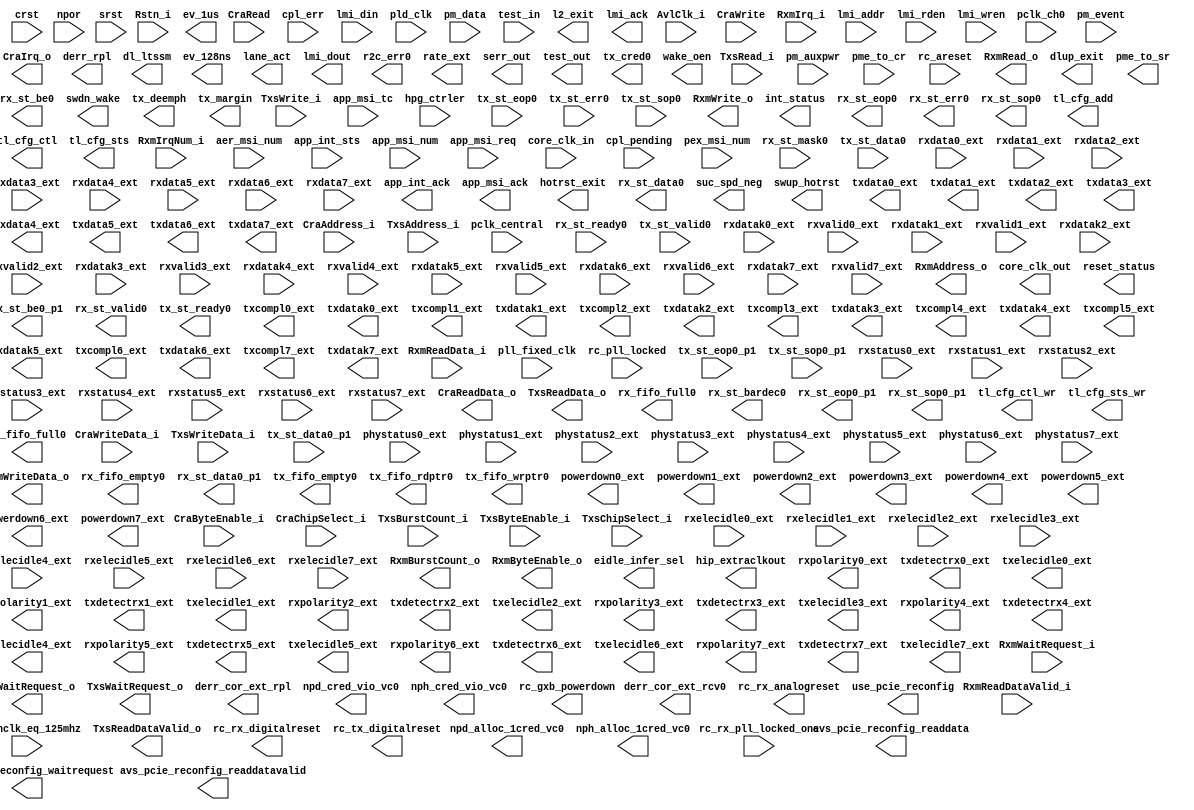
// Generated by PCI Express Compiler 10.1 [Altera, IP Toolbench 1.3.0 Build 197]
// ************************************************************
// THIS IS A WIZARD-GENERATED FILE. DO NOT EDIT THIS FILE!
// ************************************************************
// Copyright (C) 1991-2011 Altera Corporation
// Any megafunction design, and related net list (encrypted or decrypted),
// support information, device programming or simulation file, and any other
// associated documentation or information provided by Altera or a partner
// under Altera's Megafunction Partnership Program may be used only to
// program PLD devices (but not masked PLD devices) from Altera.  Any other
// use of such megafunction design, net list, support information, device
// programming or simulation file, or any other related documentation or
// information is prohibited for any other purpose, including, but not
// limited to modification, reverse engineering, de-compiling, or use with
// any other silicon devices, unless such use is explicitly licensed under
// a separate agreement with Altera or a megafunction partner.  Title to
// the intellectual property, including patents, copyrights, trademarks,
// trade secrets, or maskworks, embodied in any such megafunction design,
// net list, support information, device programming or simulation file, or
// any other related documentation or information provided by Altera or a
// megafunction partner, remains with Altera, the megafunction partner, or
// their respective licensors.  No other licenses, including any licenses
// needed under any third party's intellectual property, are provided herein.

module pcie_4243_hip_s4gx_gen2_x8_128_core (
	AvlClk_i,
	CraAddress_i,
	CraByteEnable_i,
	CraChipSelect_i,
	CraRead,
	CraWrite,
	CraWriteData_i,
	Rstn_i,
	RxmIrqNum_i,
	RxmIrq_i,
	RxmReadDataValid_i,
	RxmReadData_i,
	RxmWaitRequest_i,
	TxsAddress_i,
	TxsBurstCount_i,
	TxsByteEnable_i,
	TxsChipSelect_i,
	TxsRead_i,
	TxsWriteData_i,
	TxsWrite_i,
	aer_msi_num,
	app_int_sts,
	app_msi_num,
	app_msi_req,
	app_msi_tc,
	core_clk_in,
	cpl_err,
	cpl_pending,
	crst,
	hpg_ctrler,
	lmi_addr,
	lmi_din,
	lmi_rden,
	lmi_wren,
	npor,
	pclk_central,
	pclk_ch0,
	pex_msi_num,
	pld_clk,
	pll_fixed_clk,
	pm_auxpwr,
	pm_data,
	pm_event,
	pme_to_cr,
	rc_areset,
	rc_inclk_eq_125mhz,
	rc_pll_locked,
	rc_rx_pll_locked_one,
	rx_st_mask0,
	rx_st_ready0,
	srst,
	test_in,
	tx_st_data0,
	tx_st_data0_p1,
	tx_st_eop0,
	tx_st_eop0_p1,
	tx_st_err0,
	tx_st_sop0,
	tx_st_sop0_p1,
	tx_st_valid0,
	phystatus0_ext,
	rxdata0_ext,
	rxdatak0_ext,
	rxelecidle0_ext,
	rxstatus0_ext,
	rxvalid0_ext,
	phystatus1_ext,
	rxdata1_ext,
	rxdatak1_ext,
	rxelecidle1_ext,
	rxstatus1_ext,
	rxvalid1_ext,
	phystatus2_ext,
	rxdata2_ext,
	rxdatak2_ext,
	rxelecidle2_ext,
	rxstatus2_ext,
	rxvalid2_ext,
	phystatus3_ext,
	rxdata3_ext,
	rxdatak3_ext,
	rxelecidle3_ext,
	rxstatus3_ext,
	rxvalid3_ext,
	phystatus4_ext,
	rxdata4_ext,
	rxdatak4_ext,
	rxelecidle4_ext,
	rxstatus4_ext,
	rxvalid4_ext,
	phystatus5_ext,
	rxdata5_ext,
	rxdatak5_ext,
	rxelecidle5_ext,
	rxstatus5_ext,
	rxvalid5_ext,
	phystatus6_ext,
	rxdata6_ext,
	rxdatak6_ext,
	rxelecidle6_ext,
	rxstatus6_ext,
	rxvalid6_ext,
	phystatus7_ext,
	rxdata7_ext,
	rxdatak7_ext,
	rxelecidle7_ext,
	rxstatus7_ext,
	rxvalid7_ext,
	CraIrq_o,
	CraReadData_o,
	CraWaitRequest_o,
	RxmAddress_o,
	RxmBurstCount_o,
	RxmByteEnable_o,
	RxmRead_o,
	RxmWriteData_o,
	RxmWrite_o,
	TxsReadDataValid_o,
	TxsReadData_o,
	TxsWaitRequest_o,
	app_int_ack,
	app_msi_ack,
	avs_pcie_reconfig_readdata,
	avs_pcie_reconfig_readdatavalid,
	avs_pcie_reconfig_waitrequest,
	core_clk_out,
	derr_cor_ext_rcv0,
	derr_cor_ext_rpl,
	derr_rpl,
	dl_ltssm,
	dlup_exit,
	eidle_infer_sel,
	ev_128ns,
	ev_1us,
	hip_extraclkout,
	hotrst_exit,
	int_status,
	l2_exit,
	lane_act,
	lmi_ack,
	lmi_dout,
	npd_alloc_1cred_vc0,
	npd_cred_vio_vc0,
	nph_alloc_1cred_vc0,
	nph_cred_vio_vc0,
	pme_to_sr,
	r2c_err0,
	rate_ext,
	rc_gxb_powerdown,
	rc_rx_analogreset,
	rc_rx_digitalreset,
	rc_tx_digitalreset,
	reset_status,
	rx_fifo_empty0,
	rx_fifo_full0,
	rx_st_bardec0,
	rx_st_be0,
	rx_st_be0_p1,
	rx_st_data0,
	rx_st_data0_p1,
	rx_st_eop0,
	rx_st_eop0_p1,
	rx_st_err0,
	rx_st_sop0,
	rx_st_sop0_p1,
	rx_st_valid0,
	serr_out,
	suc_spd_neg,
	swdn_wake,
	swup_hotrst,
	test_out,
	tl_cfg_add,
	tl_cfg_ctl,
	tl_cfg_ctl_wr,
	tl_cfg_sts,
	tl_cfg_sts_wr,
	tx_cred0,
	tx_deemph,
	tx_fifo_empty0,
	tx_fifo_full0,
	tx_fifo_rdptr0,
	tx_fifo_wrptr0,
	tx_margin,
	tx_st_ready0,
	use_pcie_reconfig,
	wake_oen,
	powerdown0_ext,
	rxpolarity0_ext,
	txcompl0_ext,
	txdata0_ext,
	txdatak0_ext,
	txdetectrx0_ext,
	txelecidle0_ext,
	powerdown1_ext,
	rxpolarity1_ext,
	txcompl1_ext,
	txdata1_ext,
	txdatak1_ext,
	txdetectrx1_ext,
	txelecidle1_ext,
	powerdown2_ext,
	rxpolarity2_ext,
	txcompl2_ext,
	txdata2_ext,
	txdatak2_ext,
	txdetectrx2_ext,
	txelecidle2_ext,
	powerdown3_ext,
	rxpolarity3_ext,
	txcompl3_ext,
	txdata3_ext,
	txdatak3_ext,
	txdetectrx3_ext,
	txelecidle3_ext,
	powerdown4_ext,
	rxpolarity4_ext,
	txcompl4_ext,
	txdata4_ext,
	txdatak4_ext,
	txdetectrx4_ext,
	txelecidle4_ext,
	powerdown5_ext,
	rxpolarity5_ext,
	txcompl5_ext,
	txdata5_ext,
	txdatak5_ext,
	txdetectrx5_ext,
	txelecidle5_ext,
	powerdown6_ext,
	rxpolarity6_ext,
	txcompl6_ext,
	txdata6_ext,
	txdatak6_ext,
	txdetectrx6_ext,
	txelecidle6_ext,
	powerdown7_ext,
	rxpolarity7_ext,
	txcompl7_ext,
	txdata7_ext,
	txdatak7_ext,
	txdetectrx7_ext,
	txelecidle7_ext);

	input		AvlClk_i;
	input	[11:0]	CraAddress_i;
	input	[3:0]	CraByteEnable_i;
	input		CraChipSelect_i;
	input		CraRead;
	input		CraWrite;
	input	[31:0]	CraWriteData_i;
	input		Rstn_i;
	input	[5:0]	RxmIrqNum_i;
	input		RxmIrq_i;
	input		RxmReadDataValid_i;
	input	[63:0]	RxmReadData_i;
	input		RxmWaitRequest_i;
	input	[16:0]	TxsAddress_i;
	input	[9:0]	TxsBurstCount_i;
	input	[7:0]	TxsByteEnable_i;
	input		TxsChipSelect_i;
	input		TxsRead_i;
	input	[63:0]	TxsWriteData_i;
	input		TxsWrite_i;
	input	[4:0]	aer_msi_num;
	input		app_int_sts;
	input	[4:0]	app_msi_num;
	input		app_msi_req;
	input	[2:0]	app_msi_tc;
	input		core_clk_in;
	input	[6:0]	cpl_err;
	input		cpl_pending;
	input		crst;
	input	[4:0]	hpg_ctrler;
	input	[11:0]	lmi_addr;
	input	[31:0]	lmi_din;
	input		lmi_rden;
	input		lmi_wren;
	input		npor;
	input		pclk_central;
	input		pclk_ch0;
	input	[4:0]	pex_msi_num;
	input		pld_clk;
	input		pll_fixed_clk;
	input		pm_auxpwr;
	input	[9:0]	pm_data;
	input		pm_event;
	input		pme_to_cr;
	input		rc_areset;
	input		rc_inclk_eq_125mhz;
	input		rc_pll_locked;
	input		rc_rx_pll_locked_one;
	input		rx_st_mask0;
	input		rx_st_ready0;
	input		srst;
	input	[39:0]	test_in;
	input	[63:0]	tx_st_data0;
	input	[63:0]	tx_st_data0_p1;
	input		tx_st_eop0;
	input		tx_st_eop0_p1;
	input		tx_st_err0;
	input		tx_st_sop0;
	input		tx_st_sop0_p1;
	input		tx_st_valid0;
	input		phystatus0_ext;
	input	[7:0]	rxdata0_ext;
	input		rxdatak0_ext;
	input		rxelecidle0_ext;
	input	[2:0]	rxstatus0_ext;
	input		rxvalid0_ext;
	input		phystatus1_ext;
	input	[7:0]	rxdata1_ext;
	input		rxdatak1_ext;
	input		rxelecidle1_ext;
	input	[2:0]	rxstatus1_ext;
	input		rxvalid1_ext;
	input		phystatus2_ext;
	input	[7:0]	rxdata2_ext;
	input		rxdatak2_ext;
	input		rxelecidle2_ext;
	input	[2:0]	rxstatus2_ext;
	input		rxvalid2_ext;
	input		phystatus3_ext;
	input	[7:0]	rxdata3_ext;
	input		rxdatak3_ext;
	input		rxelecidle3_ext;
	input	[2:0]	rxstatus3_ext;
	input		rxvalid3_ext;
	input		phystatus4_ext;
	input	[7:0]	rxdata4_ext;
	input		rxdatak4_ext;
	input		rxelecidle4_ext;
	input	[2:0]	rxstatus4_ext;
	input		rxvalid4_ext;
	input		phystatus5_ext;
	input	[7:0]	rxdata5_ext;
	input		rxdatak5_ext;
	input		rxelecidle5_ext;
	input	[2:0]	rxstatus5_ext;
	input		rxvalid5_ext;
	input		phystatus6_ext;
	input	[7:0]	rxdata6_ext;
	input		rxdatak6_ext;
	input		rxelecidle6_ext;
	input	[2:0]	rxstatus6_ext;
	input		rxvalid6_ext;
	input		phystatus7_ext;
	input	[7:0]	rxdata7_ext;
	input		rxdatak7_ext;
	input		rxelecidle7_ext;
	input	[2:0]	rxstatus7_ext;
	input		rxvalid7_ext;
	output		CraIrq_o;
	output	[31:0]	CraReadData_o;
	output		CraWaitRequest_o;
	output	[31:0]	RxmAddress_o;
	output	[9:0]	RxmBurstCount_o;
	output	[7:0]	RxmByteEnable_o;
	output		RxmRead_o;
	output	[63:0]	RxmWriteData_o;
	output		RxmWrite_o;
	output		TxsReadDataValid_o;
	output	[63:0]	TxsReadData_o;
	output		TxsWaitRequest_o;
	output		app_int_ack;
	output		app_msi_ack;
	output	[15:0]	avs_pcie_reconfig_readdata;
	output		avs_pcie_reconfig_readdatavalid;
	output		avs_pcie_reconfig_waitrequest;
	output		core_clk_out;
	output		derr_cor_ext_rcv0;
	output		derr_cor_ext_rpl;
	output		derr_rpl;
	output	[4:0]	dl_ltssm;
	output		dlup_exit;
	output	[23:0]	eidle_infer_sel;
	output		ev_128ns;
	output		ev_1us;
	output	[1:0]	hip_extraclkout;
	output		hotrst_exit;
	output	[3:0]	int_status;
	output		l2_exit;
	output	[3:0]	lane_act;
	output		lmi_ack;
	output	[31:0]	lmi_dout;
	output		npd_alloc_1cred_vc0;
	output		npd_cred_vio_vc0;
	output		nph_alloc_1cred_vc0;
	output		nph_cred_vio_vc0;
	output		pme_to_sr;
	output		r2c_err0;
	output		rate_ext;
	output		rc_gxb_powerdown;
	output		rc_rx_analogreset;
	output		rc_rx_digitalreset;
	output		rc_tx_digitalreset;
	output		reset_status;
	output		rx_fifo_empty0;
	output		rx_fifo_full0;
	output	[7:0]	rx_st_bardec0;
	output	[7:0]	rx_st_be0;
	output	[7:0]	rx_st_be0_p1;
	output	[63:0]	rx_st_data0;
	output	[63:0]	rx_st_data0_p1;
	output		rx_st_eop0;
	output		rx_st_eop0_p1;
	output		rx_st_err0;
	output		rx_st_sop0;
	output		rx_st_sop0_p1;
	output		rx_st_valid0;
	output		serr_out;
	output		suc_spd_neg;
	output		swdn_wake;
	output		swup_hotrst;
	output	[63:0]	test_out;
	output	[3:0]	tl_cfg_add;
	output	[31:0]	tl_cfg_ctl;
	output		tl_cfg_ctl_wr;
	output	[52:0]	tl_cfg_sts;
	output		tl_cfg_sts_wr;
	output	[35:0]	tx_cred0;
	output	[7:0]	tx_deemph;
	output		tx_fifo_empty0;
	output		tx_fifo_full0;
	output	[3:0]	tx_fifo_rdptr0;
	output	[3:0]	tx_fifo_wrptr0;
	output	[23:0]	tx_margin;
	output		tx_st_ready0;
	output		use_pcie_reconfig;
	output		wake_oen;
	output	[1:0]	powerdown0_ext;
	output		rxpolarity0_ext;
	output		txcompl0_ext;
	output	[7:0]	txdata0_ext;
	output		txdatak0_ext;
	output		txdetectrx0_ext;
	output		txelecidle0_ext;
	output	[1:0]	powerdown1_ext;
	output		rxpolarity1_ext;
	output		txcompl1_ext;
	output	[7:0]	txdata1_ext;
	output		txdatak1_ext;
	output		txdetectrx1_ext;
	output		txelecidle1_ext;
	output	[1:0]	powerdown2_ext;
	output		rxpolarity2_ext;
	output		txcompl2_ext;
	output	[7:0]	txdata2_ext;
	output		txdatak2_ext;
	output		txdetectrx2_ext;
	output		txelecidle2_ext;
	output	[1:0]	powerdown3_ext;
	output		rxpolarity3_ext;
	output		txcompl3_ext;
	output	[7:0]	txdata3_ext;
	output		txdatak3_ext;
	output		txdetectrx3_ext;
	output		txelecidle3_ext;
	output	[1:0]	powerdown4_ext;
	output		rxpolarity4_ext;
	output		txcompl4_ext;
	output	[7:0]	txdata4_ext;
	output		txdatak4_ext;
	output		txdetectrx4_ext;
	output		txelecidle4_ext;
	output	[1:0]	powerdown5_ext;
	output		rxpolarity5_ext;
	output		txcompl5_ext;
	output	[7:0]	txdata5_ext;
	output		txdatak5_ext;
	output		txdetectrx5_ext;
	output		txelecidle5_ext;
	output	[1:0]	powerdown6_ext;
	output		rxpolarity6_ext;
	output		txcompl6_ext;
	output	[7:0]	txdata6_ext;
	output		txdatak6_ext;
	output		txdetectrx6_ext;
	output		txelecidle6_ext;
	output	[1:0]	powerdown7_ext;
	output		rxpolarity7_ext;
	output		txcompl7_ext;
	output	[7:0]	txdata7_ext;
	output		txdatak7_ext;
	output		txdetectrx7_ext;
	output		txelecidle7_ext;
endmodule